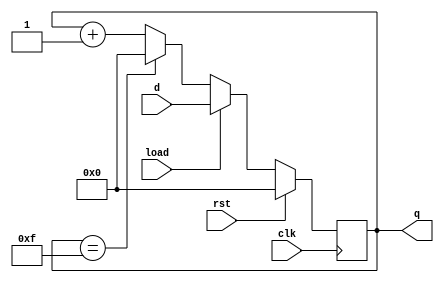
module upcounter(input [0:3] d, input load,clk,rst,output reg [0:3]q);

always@(posedge clk)
begin
if(rst)
q<=4'b0;
else if(load == 1'b1)
q<=d;
else if(q==4'b1111)
q<= 4'b0;
else 
q<=q+1'b1;
end

endmodule